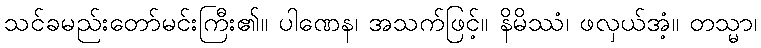
သင်ခမည်းတော်မင်းကြီး၏။ ပါဏေန၊ အသက်ဖြင့်။ နိမိဿံ၊ ဖလှယ်အံ့။ တသ္မာ၊